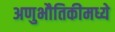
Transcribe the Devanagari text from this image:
अणुभौतिकीमध्ये